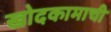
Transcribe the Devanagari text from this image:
खोदकामाची